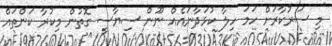
"މި ސަރުކާރަށް ހަމަ ހިލާ ކުޅަދާނައެއް ނޫން ސިޔާސީ ގޮތުން މިކުރާ ކަންތައް